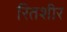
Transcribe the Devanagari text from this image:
रितशीर